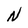
Character: N